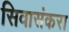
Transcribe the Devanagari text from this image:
सिवासंकरा